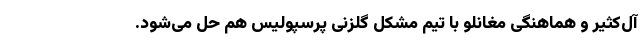
آل‌کثیر و هماهنگی مغانلو با تیم مشکل گلزنی پرسپولیس هم حل می‌شود.